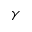
\gamma